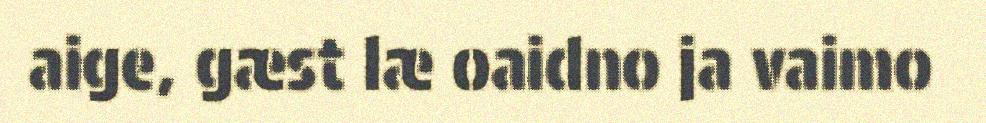
aige, gæst læ oaidno ja vaimo